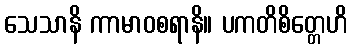
သေသာနိ ကာမာဝစရာနိ။ ပကတိစိတ္တေဟိ